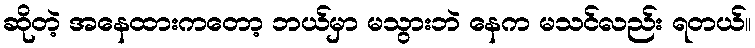
ဆိုတဲ့ အနေထားကတော့ ဘယ်မှာ မသွားဘဲ နေက မသင်လည်း ရတယ်။